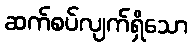
ဆက်စပ်လျက်ရှိသော